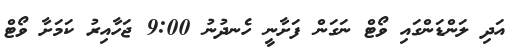
އަދި ލަންޑަންގައި ވޯޓް ނަގަން ފަށާނީ ހެނދުނު 9:00 ޖަހާއިރު ކަމަށާ ވޯޓް